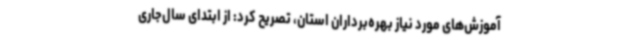
آموزش‌های مورد نیاز بهره‌برداران استان، تصریح کرد: از ابتدای سال‌جاری